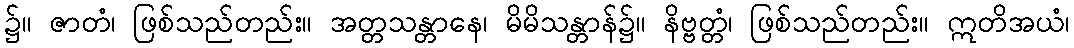
၌။ ဇာတံ၊ ဖြစ်သည်တည်း။ အတ္တသန္တာနေ၊ မိမိသန္တာန်၌။ နိဗ္ဗတ္တံ၊ ဖြစ်သည်တည်း။ ဣတိအယံ၊